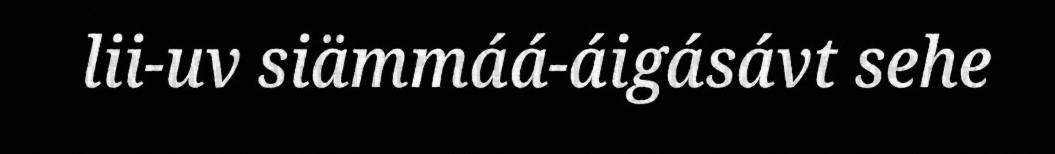
lii-uv siämmáá-áigásávt sehe